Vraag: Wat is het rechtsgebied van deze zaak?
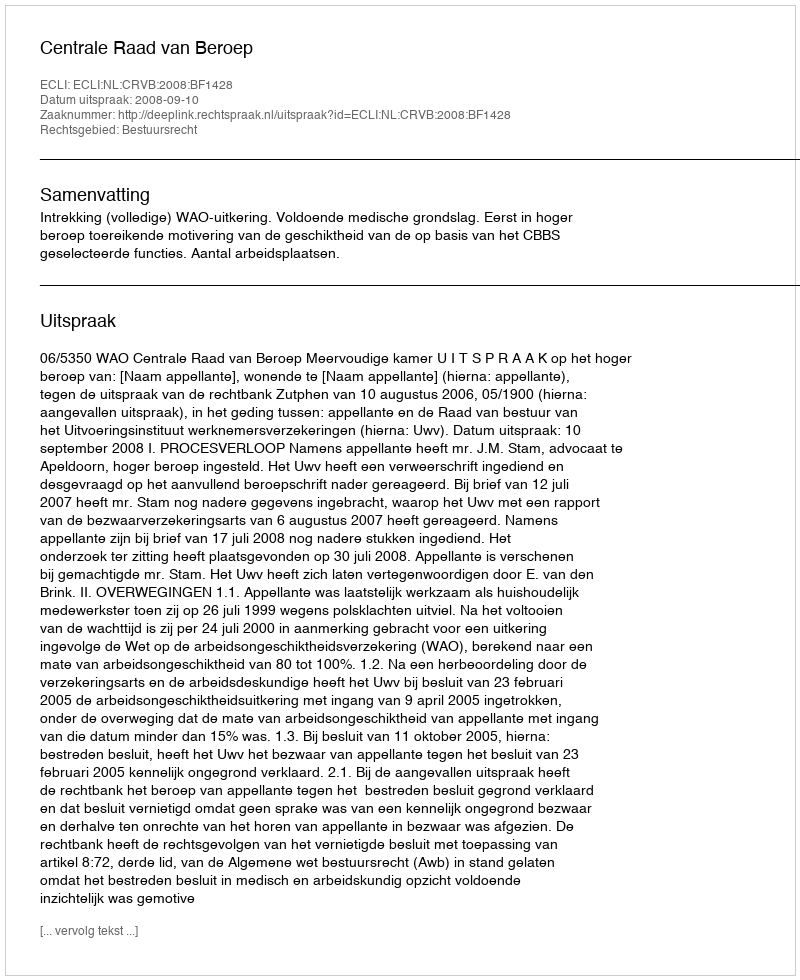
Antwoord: Bestuursrecht